Report of the Bombay Veterinary College
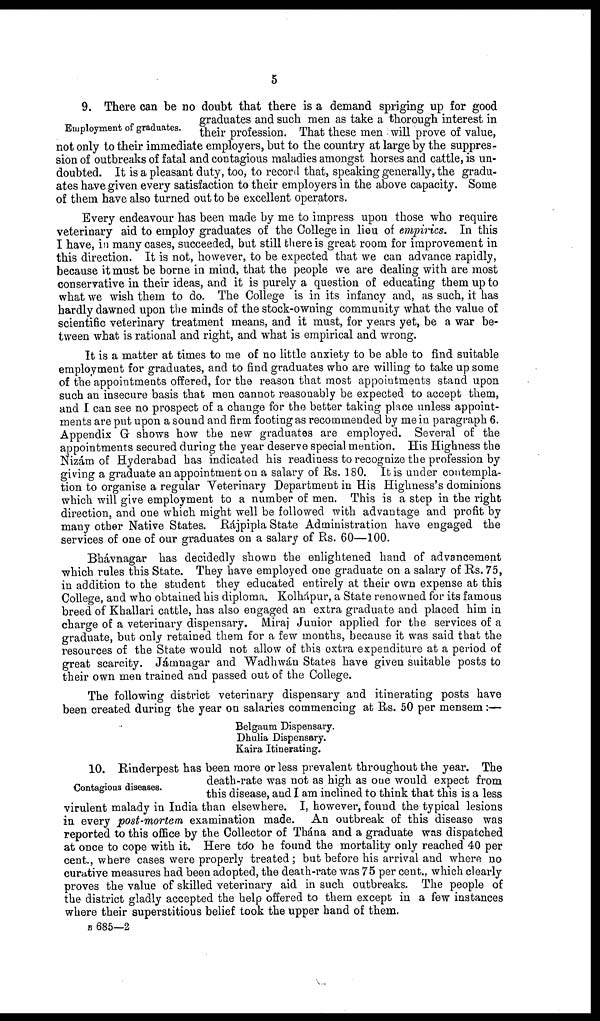
5
Employment of graduates.
9. There can be no doubt that there is a demand spriging up for good
graduates and such men as take a thorough interest in
their profession. That these men will prove of value,
not only to their immediate employers, but to the country at large by the suppres-
sion of outbreaks of fatal and contagious maladies amongst horses and cattle, is un-
doubted. It is a pleasant duty, too, to record that, speaking generally, the gradu-
ates have given every satisfaction to their employers in the above capacity. Some
of them have also turned out to be excellent operators.
Every endeavour has been made by me to impress upon those who require
veterinary aid to employ graduates of the College in lieu of empirics. In this
I have, in many cases, succeeded, but still there is great room for improvement in
this direction. It is not, however, to be expected that we can advance rapidly,
because it must be borne in mind, that the people we are dealing with are most
conservative in their ideas, and it is purely a question of educating them up to
what we wish them to do. The College is in its infancy and, as such, it has
hardly dawned upon the minds of the stock-owning community what the value of
scientific veterinary treatment means, and it must, for years yet, be a war be-
tween what is rational and right, and what is empirical and wrong.
It is a matter at times to me of no little anxiety to be able to find suitable
employment for graduates, and to find graduates who are willing to take up some
of the appointments offered, for the reason that most appointments stand upon
such an insecure basis that men cannot reasonably be expected to accept them,
and I can see no prospect of a change for the better taking place unless appoint-
ments are put upon a sound and firm footing as recommended by me in paragraph 6.
Appendix G shows how the new graduates are employed. Several of the
appointments secured during the year deserve special mention. His Highness the
Nizám of: Hyderabad has indicated his readiness to recognize the profession by
giving a graduate an appointment on a salary of Rs. 180. It is under contempla-
tion to organise a regular Veterinary Department in His Highness's dominions
which will give employment to a number of men. This is a step in the right
direction, and one which might well be followed with advantage and profit by
many other Native States. Rájpipla State Administration have engaged the
services of one of our graduates on a salary of Rs. 60—100.
Bhávnagar has decidedly shown the enlightened hand of advancement
which rules this State. They have employed one graduate on a salary of Rs. 75,
in addition to the student they educated entirely at their own expense at this
College, and who obtained his diploma. Kolhápur, a State renowned for its famous
breed of Khallari cattle, has also engaged an extra graduate and placed him in
charge of a veterinary dispensary. Miraj Junior applied for the services of a
graduate, but only retained them for a few months, because it was said that the
resources of the State would not allow of this extra expenditure at a period of
great scarcity. Jámnagar and Wadhwán States have given suitable posts to
their own men trained and passed out of the College.
The following district veterinary dispensary and itinerating posts have
been created during the year on salaries commencing at Rs. 50 per mensem:—
Belgaum Dispensary.
Dhulia Dispensary.
Kaira Itinerating.
Contagions diseases.
10. Rinderpest has been more or less prevalent throughout the year. The
death-rate was not as high as one would expect from
this disease, and I am inclined to think that this is a less
virulent malady in India than elsewhere. I, however, found the typical lesions
in every post-mortem examination made. An outbreak of this disease was
reported to this office by the Collector of Thána and a graduate was dispatched
at once to cope with it. Here too he found the mortality only reached 40 per
cent., where cases were properly treated; but before his arrival and where no
curative measures had been adopted, the death-rate was 75 per cent., which clearly
proves the value of skilled veterinary aid in such outbreaks. The people of
the district gladly accepted the help offered to them except in a few instances
where their superstitious belief took the upper hand of them.
B 685—2